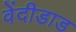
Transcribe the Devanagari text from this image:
वेंदीडाड